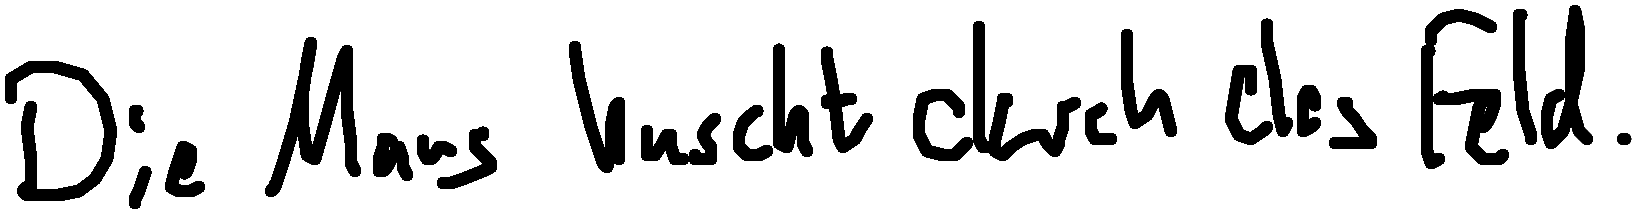
Die Maus huscht durch das Feld.